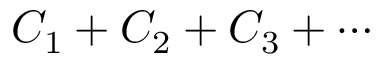
C _ { 1 } + C _ { 2 } + C _ { 3 } + \cdots